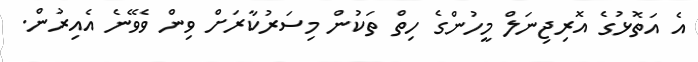
އެ އަތޮޅުގެ އޮރިޖިނަލް މީހުންގެ ހިތް ތަކުން މިސަރުކާރަށް ވިން ވެވޭނެ އެއިރުން.